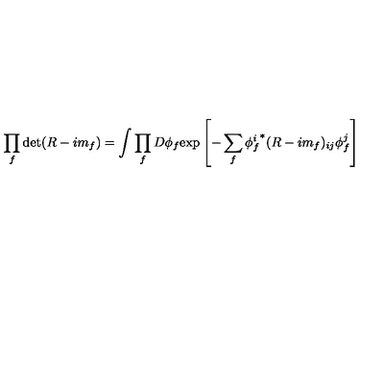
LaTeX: \prod _ { f } \det ( R - i m _ { f } ) = \int \prod _ { f } D \phi _ { f } \mathrm { e x p } \left[ - \sum _ { f } { \phi _ { f } ^ { i } } ^ { * } ( R - i m _ { f } ) _ { i j } \phi _ { f } ^ { j } \right]